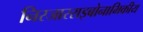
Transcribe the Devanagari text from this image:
निरजारराइबोनाभिकीय